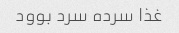
غذا سرده سرد بوود